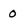
Character: 0